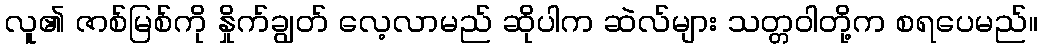
လူ၏ ဇာစ်မြစ်ကို နှိုက်ချွတ် လေ့လာမည် ဆိုပါက ဆဲလ်များ သတ္တဝါတို့က စရပေမည်။